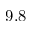
9 . 8